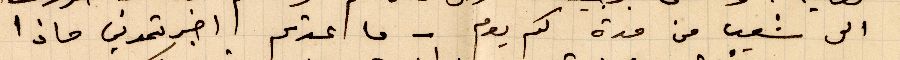
الى شعر من مدة كم يوم - ما اعدتم اخبرتموني ماذا